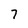
Character: 7